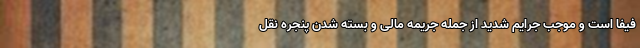
فیفا است و موجب جرایم شدید از جمله جریمه مالی و بسته شدن پنجره نقل